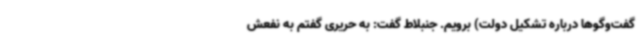
گفت‌وگوها درباره تشکیل دولت) برویم. جنبلاط گفت: به حریری گفتم به نفعش